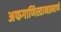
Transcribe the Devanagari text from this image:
अफगाणिस्तानप्रमाणे